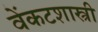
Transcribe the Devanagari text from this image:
वेंकटशास्त्री